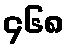
၄၆၈